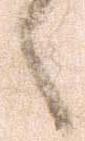
々